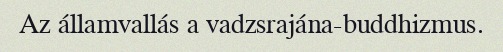
Az államvallás a vadzsrajána-buddhizmus.